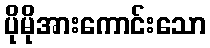
ပိုမိုအားကောင်းသော